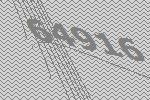
64916